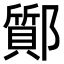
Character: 𨟊